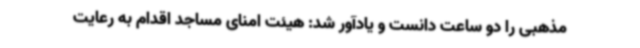
مذهبی را دو ساعت دانست و یادآور شد: هیئت امنای مساجد اقدام به رعایت